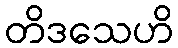
တိဒသေဟိ